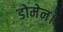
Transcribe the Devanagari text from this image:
डोमेन।